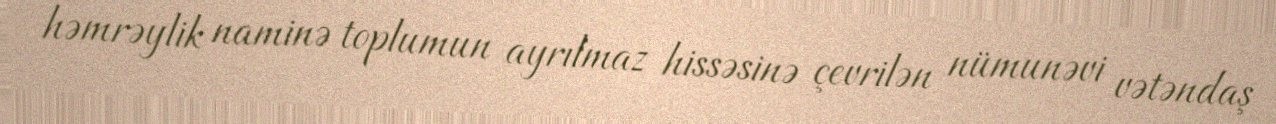
həmrəylik naminə toplumun ayrılmaz hissəsinə çevrilən nümunəvi vətəndaş